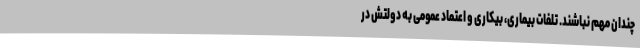
چندان مهم نباشند. تلفات بیماری، بیکاری و اعتماد عمومی به دولتش در